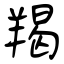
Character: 羯